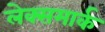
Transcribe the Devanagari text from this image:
लेक्समार्क